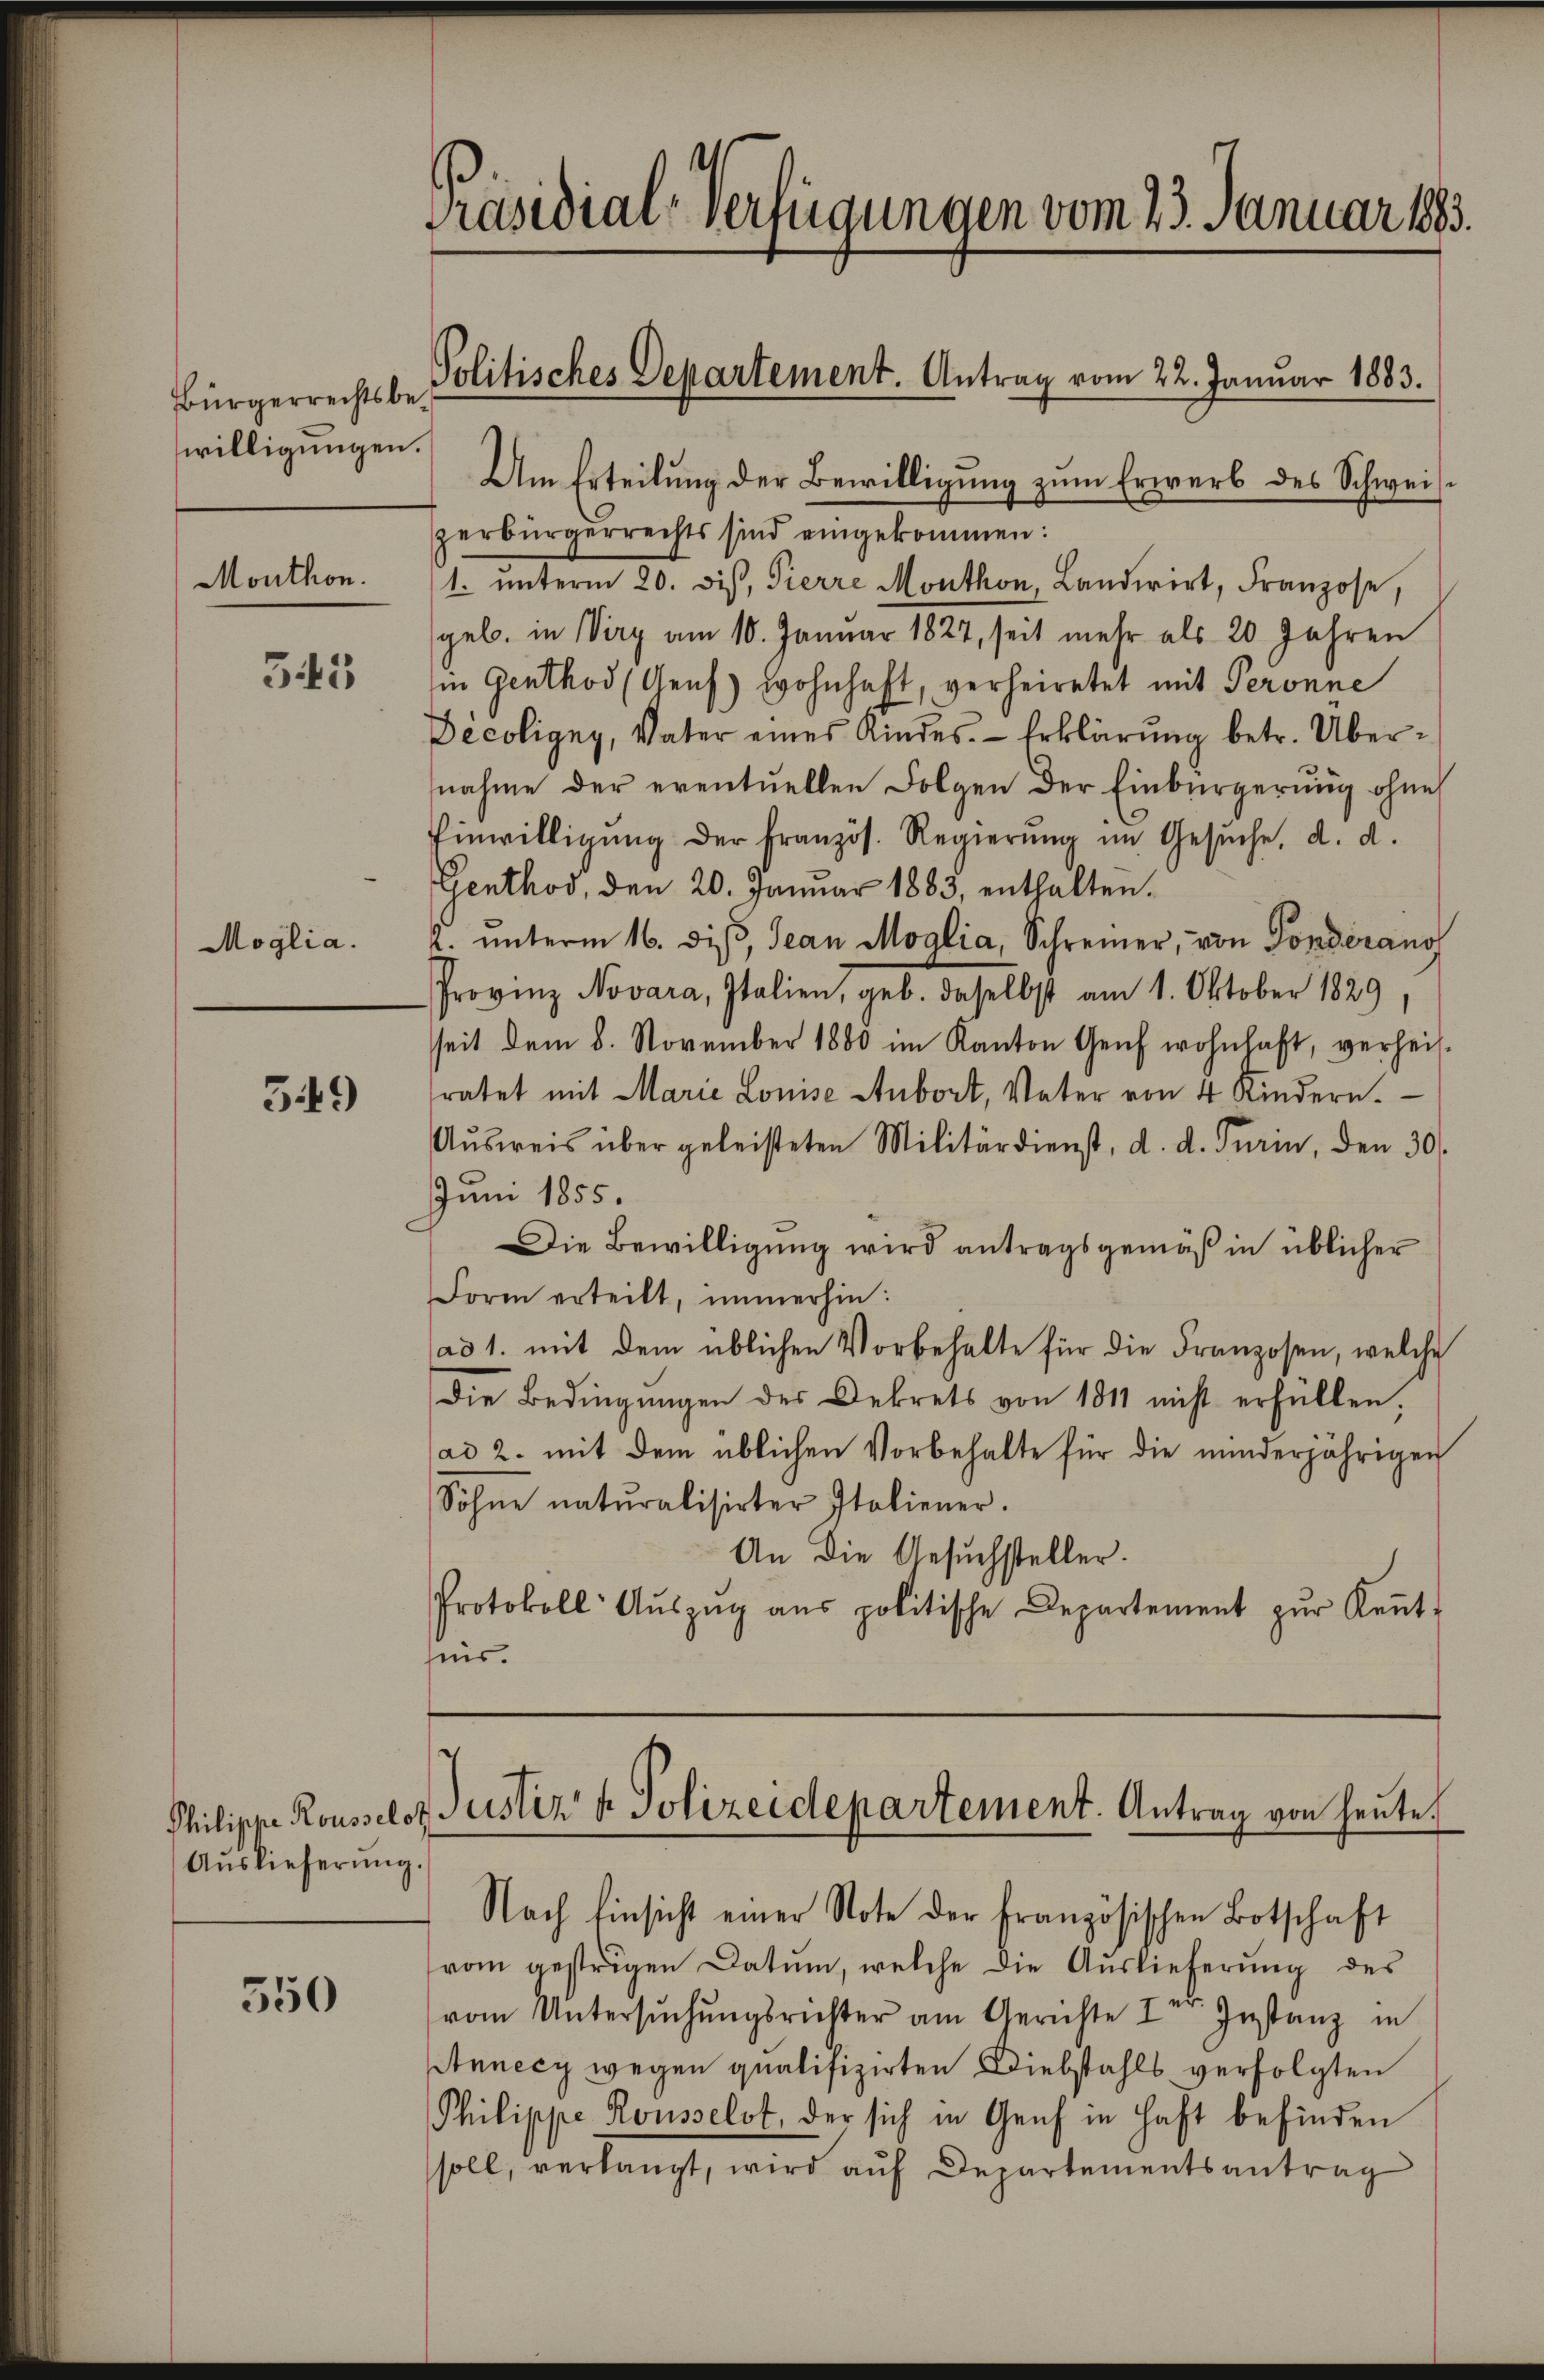
Bürgerrechtsbe
willigungen.

Monthon.

543

Moglia.

549

Auslieferŭng.

350

Präsidial-Verfügungen vom 23. Januar 1893.
Politisches Departement. Antrag vom 22. Januar 1883.
Um Erteilung der Bewilligung zum Erwerb des Schweis¬

zerbürgerrechts sind eingekommen:
1. unterm 20. diβ, Pierre Monthon, Landwirt, Franzose,
geb. in irg am 10. Januar 1827, seit mehr als 20 Jahren
in Genthod (Genf wohnhaft, verheiratet mit Peronne
Décoligny, Vater eines Kindes. Erklärung betr. Übernahme der eventuellen Folgen der Einbürgerung ohne
Einwilligŭng der Französ. Regierŭng im Gesŭche, d. d.
Genthod, den 20. Januar 1883, enthalten.
2. ŭnterm 16. diβ, Jean Moglia, Schreiner, von Sonderans
Provinz Novara, Italien, geb. daselbst am 1. Oktober 1829
sseit dem 8. November 1880 im Kanton Genf wohnhaft, verheisratet mit Marie Louise Aubort, Vater von 4 Kindern.
Aŭsweis über geleisteten Militärdienst, d. d. Turin, den 30.
Juni 1855.
Die Bewilligung wird antragsgemäß in üblicher
Form erteilt, immerhin:
ad 1. mit dem üblichen Vorbehalte für die Franzosen, welche
Die Bedingungen des Dekrets von 1811 nicht erfüllen.
ad 2. mit dem üblichen Vorbehalte für die minderjährigen
Söhne naturalisirter Italiener.
An die Gesuchsteller.
Protokoll Aŭszŭg aŭs politische Departement zŭr Keṅt-
her.

vom gestrigen Datum, welche die Auslieferung des
vom Untersŭchŭngsrichter am Gerichte I Instanz in
Annecy wegen qualifizirten Diebstahls verfolgten
Philippe Rousselst, der sich in Genf in Haft befinden
soll, verlangt, wird auf Departementsantrag

Philippe Rousselon Justiz & Polizeidepartement. Antrag von heute.
Nach Einsicht einer Note der Französischen Botschaft